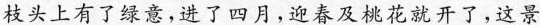
枝头上有了绿意，进了四月，迎春及桃花就开了，这景